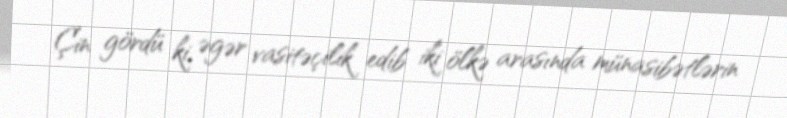
Çin gördü ki, əgər vasitəçilik edib iki ölkə arasında münasibətlərin